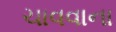
ચાવવાના